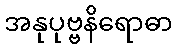
အနုပုဗ္ဗနိရောဓာ